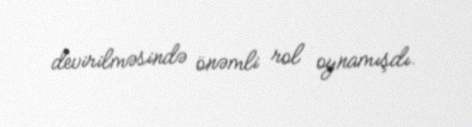
devirilməsində önəmli rol oynamışdı.